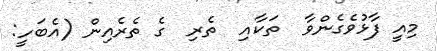
މިއީ ފާޅުވެގެންވާ  ތަކާއި  ތެރި  ގެ ތެރެއިން (އެބަހީ: